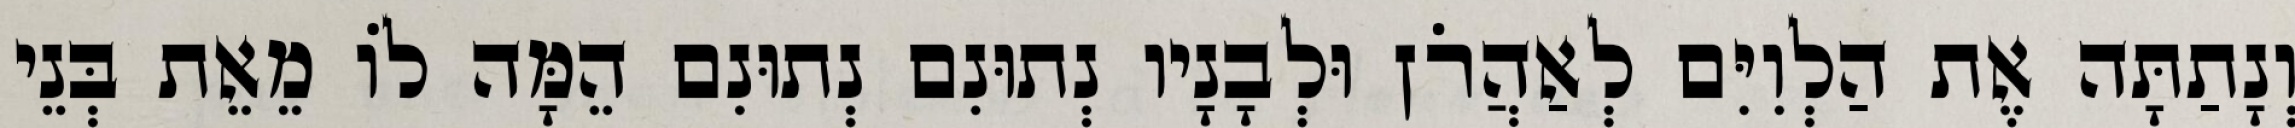
וְנָתַתָּה אֶת הַלְוִיִּם לְאַהֲרֹן וּלְבָנָיו נְתוּנִם נְתוּנִם הֵמָּה לוֹ מֵאֵת בְּנֵי